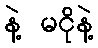
နဲ့ မငိုနဲ့